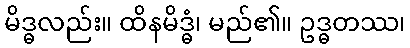
မိဒ္ဓလည်း။ ထိနမိဒ္ဓံ၊ မည်၏။ ဥဒ္ဓတဿ၊